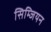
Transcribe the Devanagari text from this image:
सिम्जियन